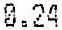
0.24